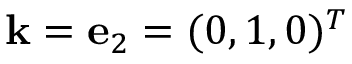
{ \bf k } = { \bf e } _ { 2 } = ( 0 , 1 , 0 ) ^ { T }